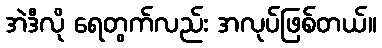
အဲဒီလို ရေတွက်လည်း အလုပ်ဖြစ်တယ်။